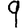
Digit: 9